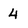
Character: 4